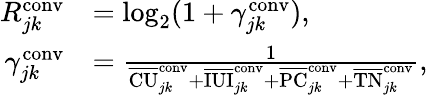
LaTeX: \begin{array}{rl}{R_{jk}^{\mathrm{conv}}}&{=\log_{2}(1+\gamma_{jk}^{\mathrm{conv}}),}\\ {\gamma_{jk}^{\mathrm{conv}}}&{=\frac{1}{\overline{{\mathrm{CU}}}_{jk}^{\mathrm{conv}}+\overline{{\mathrm{IUI}}}_{jk}^{\mathrm{conv}}+\overline{{\mathrm{PC}}}_{jk}^{\mathrm{conv}}+\overline{{\mathrm{TN}}}_{jk}^{\mathrm{conv}}},}\end{array}